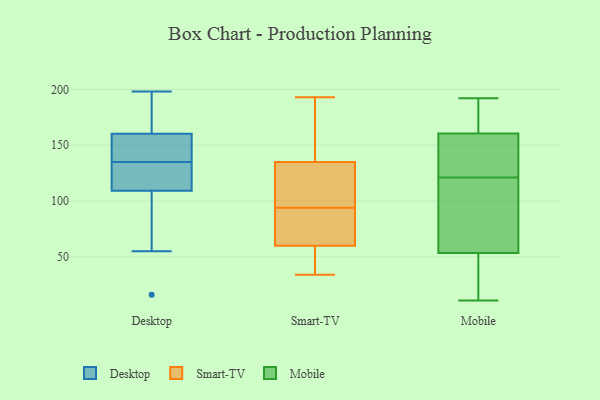
{"axis": {"x": "Churn Rate (%)", "y": "Value"}, "legend": ["Desktop", "Mobile", "Smart-TV"], "data": [{"x": "", "y": 160, "type": "Desktop"}, {"x": "", "y": 16, "type": "Desktop"}, {"x": "", "y": 139, "type": "Desktop"}, {"x": "", "y": 116, "type": "Desktop"}, {"x": "", "y": 135, "type": "Desktop"}, {"x": "", "y": 55, "type": "Desktop"}, {"x": "", "y": 89, "type": "Desktop"}, {"x": "", "y": 153, "type": "Desktop"}, {"x": "", "y": 130, "type": "Desktop"}, {"x": "", "y": 125, "type": "Desktop"}, {"x": "", "y": 198, "type": "Desktop"}, {"x": "", "y": 173, "type": "Desktop"}, {"x": "", "y": 161, "type": "Desktop"}, {"x": "", "y": 96, "type": "Smart-TV"}, {"x": "", "y": 72, "type": "Smart-TV"}, {"x": "", "y": 85, "type": "Smart-TV"}, {"x": "", "y": 121, "type": "Smart-TV"}, {"x": "", "y": 168, "type": "Smart-TV"}, {"x": "", "y": 193, "type": "Smart-TV"}, {"x": "", "y": 35, "type": "Smart-TV"}, {"x": "", "y": 36, "type": "Smart-TV"}, {"x": "", "y": 106, "type": "Smart-TV"}, {"x": "", "y": 103, "type": "Smart-TV"}, {"x": "", "y": 34, "type": "Smart-TV"}, {"x": "", "y": 149, "type": "Smart-TV"}, {"x": "", "y": 48, "type": "Smart-TV"}, {"x": "", "y": 179, "type": "Smart-TV"}, {"x": "", "y": 120, "type": "Smart-TV"}, {"x": "", "y": 92, "type": "Smart-TV"}, {"x": "", "y": 71, "type": "Smart-TV"}, {"x": "", "y": 69, "type": "Smart-TV"}, {"x": "", "y": 191, "type": "Smart-TV"}, {"x": "", "y": 51, "type": "Smart-TV"}, {"x": "", "y": 91, "type": "Mobile"}, {"x": "", "y": 138, "type": "Mobile"}, {"x": "", "y": 88, "type": "Mobile"}, {"x": "", "y": 56, "type": "Mobile"}, {"x": "", "y": 39, "type": "Mobile"}, {"x": "", "y": 192, "type": "Mobile"}, {"x": "", "y": 46, "type": "Mobile"}, {"x": "", "y": 159, "type": "Mobile"}, {"x": "", "y": 166, "type": "Mobile"}, {"x": "", "y": 86, "type": "Mobile"}, {"x": "", "y": 37, "type": "Mobile"}, {"x": "", "y": 11, "type": "Mobile"}, {"x": "", "y": 175, "type": "Mobile"}, {"x": "", "y": 126, "type": "Mobile"}, {"x": "", "y": 165, "type": "Mobile"}, {"x": "", "y": 121, "type": "Mobile"}, {"x": "", "y": 140, "type": "Mobile"}]}